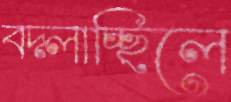
বদ্‌লাচ্ছিলে